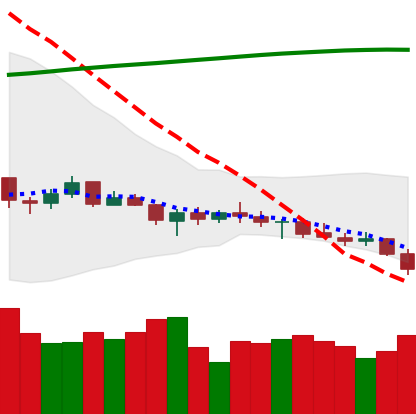
Ticker: XRP-USD
Chart end date: 2021-07-20
Forward return: 14.55%
Label: up_7plus